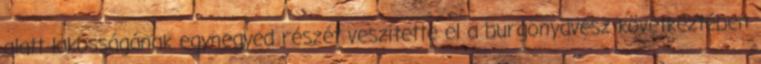
alatt lakosságának egynegyed részét veszítette el a burgonyavész következtében